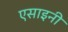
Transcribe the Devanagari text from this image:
एसाइनी